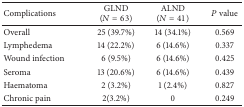
<table><thead><tr><td><b>Complications</b></td><td><b>GLND (<i>N</i> = 63)</b></td><td><b>ALND (<i>N</i> = 41)</b></td><td><b><i>P</i> value</b></td></tr></thead><tbody><tr><td>Overall </td><td>25 (39.7%)</td><td>14 (34.1%)</td><td>0.569</td></tr><tr><td>Lymphedema </td><td>14 (22.2%)</td><td>6 (14.6%)</td><td>0.337</td></tr><tr><td>Wound infection</td><td>6 (9.5%)</td><td>6 (14.6%)</td><td>0.425</td></tr><tr><td>Seroma </td><td>13 (20.6%)</td><td>6 (14.6%)</td><td>0.439</td></tr><tr><td>Haematoma </td><td>2 (3.2%)</td><td>1 (2.4%)</td><td>0.827</td></tr><tr><td>Chronic pain </td><td>2(3.2%)</td><td> 0</td><td>0.249</td></tr></tbody></table>